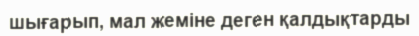
шығарып, мал жеміне деген қалдықтарды